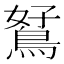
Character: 𪀮